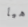
هيا